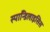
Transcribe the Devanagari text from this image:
स्पाॅन्डिलाइसिस